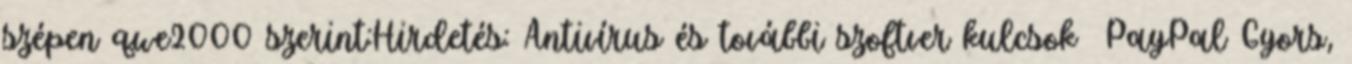
szépen qwe2000 szerint:Hirdetés: Antivírus és további szoftver kulcsok PayPal Gyors,